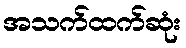
အသက်ထက်ဆုံး